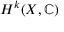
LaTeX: H ^ { k } ( X , \mathbb { C } )